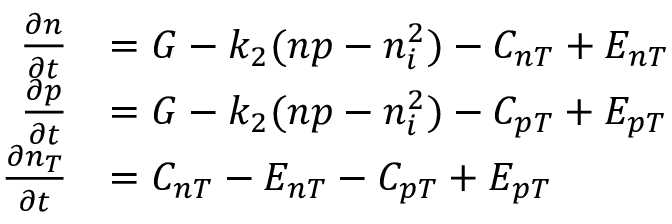
\begin{array} { r l } { \frac { \partial n } { \partial t } } & { = G - k _ { 2 } ( n p - n _ { i } ^ { 2 } ) - C _ { n T } + E _ { n T } } \\ { \frac { \partial p } { \partial t } } & { = G - k _ { 2 } ( n p - n _ { i } ^ { 2 } ) - C _ { p T } + E _ { p T } } \\ { \frac { \partial n _ { T } } { \partial t } } & { = C _ { n T } - E _ { n T } - C _ { p T } + E _ { p T } } \end{array}